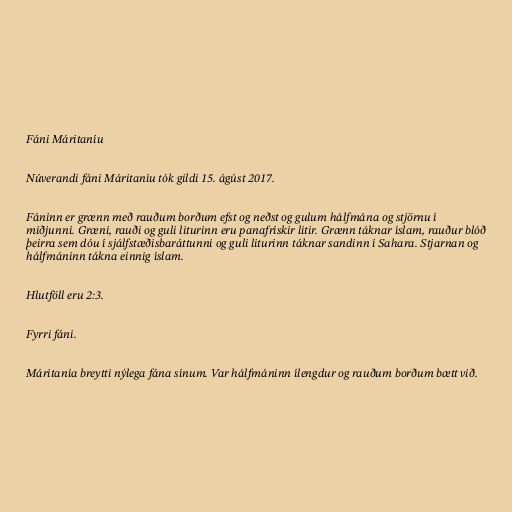
Fáni Máritaníu

Núverandi fáni Máritaníu tók gildi 15. ágúst 2017.

Fáninn er grænn með rauðum borðum efst og neðst og gulum hálfmána og stjörnu í
miðjunni. Græni, rauði og guli liturinn eru panafrískir litir. Grænn táknar íslam, rauður blóð
þeirra sem dóu í sjálfstæðisbaráttunni og guli liturinn táknar sandinn í Sahara. Stjarnan og
hálfmáninn tákna einnig íslam.

Hlutföll eru 2:3.

Fyrri fáni.

Máritanía breytti nýlega fána sínum. Var hálfmáninn ílengdur og rauðum borðum bætt við.